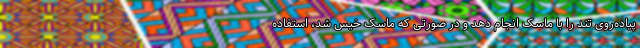
پیاده‌روی تند را با ماسک انجام دهد و در صورتی که ماسک خیس شد، استفاده